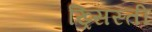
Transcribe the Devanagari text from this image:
ख्र्सिस्ती